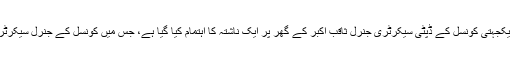
ذرائع کا کہنا ہے کہ اس مسئلہ پر سوموار کی صبح ملی یکجہتی کونسل کے ڈپٹی سیکرٹری جنرل ثاقب اکبر کے گھر پر ایک ناشتہ کا اہتمام کیا گیا ہے، جس میں کونسل کے جنرل سیکرٹری حافظ حسین احمد سمیت دیگر رہنماء شریک ہوں گے۔